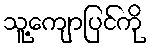
သူ့ကျောပြင်ကို